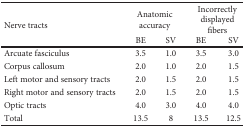
<table><thead><tr><td rowspan="2"><b>Nerve tracts</b></td><td colspan="2"><b>Anatomic accuracy</b></td><td colspan="2"><b>Incorrectly displayed fibers</b></td></tr><tr><td><b>BE</b></td><td><b>SV</b></td><td><b>BE</b></td><td><b>SV</b></td></tr></thead><tbody><tr><td>Arcuate fasciculus</td><td>3.5</td><td>1.0</td><td>3.5</td><td>3.0</td></tr><tr><td>Corpus callosum</td><td>2.0</td><td>1.0</td><td>2.0</td><td>1.5</td></tr><tr><td>Left motor and sensory tracts</td><td>2.0</td><td>1.5</td><td>2.0</td><td>1.5</td></tr><tr><td>Right motor and sensory tracts</td><td>2.0</td><td>1.5</td><td>2.0</td><td>1.5</td></tr><tr><td>Optic tracts</td><td>4.0</td><td>3.0</td><td>4.0</td><td>4.0</td></tr><tr><td>Total</td><td>13.5</td><td>8</td><td>13.5</td><td>12.5</td></tr></tbody></table>